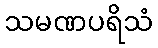
သမဏပရိသံ